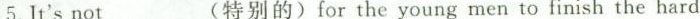
5.It'snot_(特别的)for the young men to finish the hard